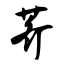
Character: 荠